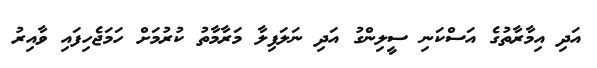
އަދި އިމާރާތުގެ އަސްކަނި ސީލިންގު އަދި ނަލަފިލާ މަރާމާތު ކުރުމަށް ހަމަޖެހިފައި ވާއިރު